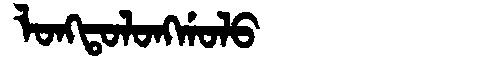
Manchu: ᠯᠣᠩᡨᠣᠯᠣᠩᡤᠣᠯᠣ
Romanization: LONGTOLONGGOLO